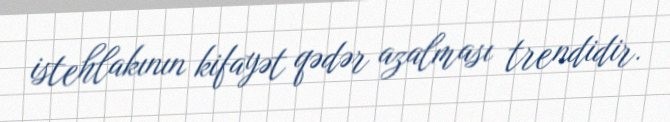
istehlakının kifayət qədər azalması trendidir.